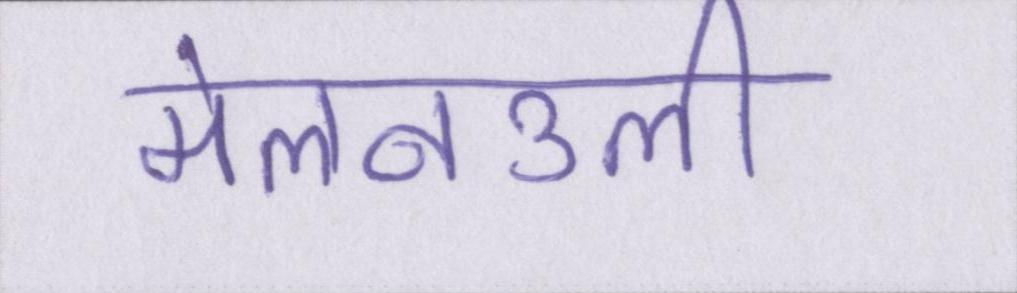
मेलनउली